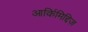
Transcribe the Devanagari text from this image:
आर्किमिद्दिज़